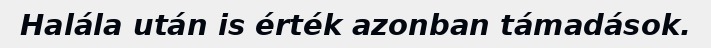
Halála után is érték azonban támadások.